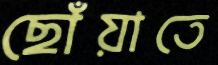
ছোঁয়াতে